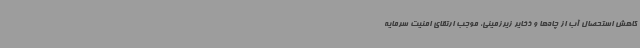
کاهش استحصال آب از چاه‌ها و ذخایر زیرزمینی، موجب ارتقای امنیت سرمایه